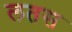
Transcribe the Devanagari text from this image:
लतस